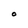
Character: o